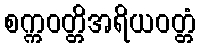
စက္ကဝတ္တိအရိယဝတ္တံ